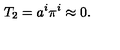
T _ { 2 } = a ^ { i } \pi ^ { i } \approx 0 .